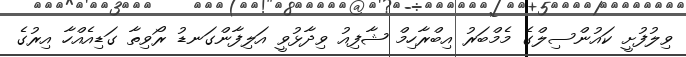
ވިލުފުށީ ކައުންސިލްގެ މެމްބަރު އިބްރާހިމް ޝާފިއު ވިދާޅުވީ އަލިފާންގަނޑު ރޯވިތާ ގަޑިއެއްހާ އިރުގެ